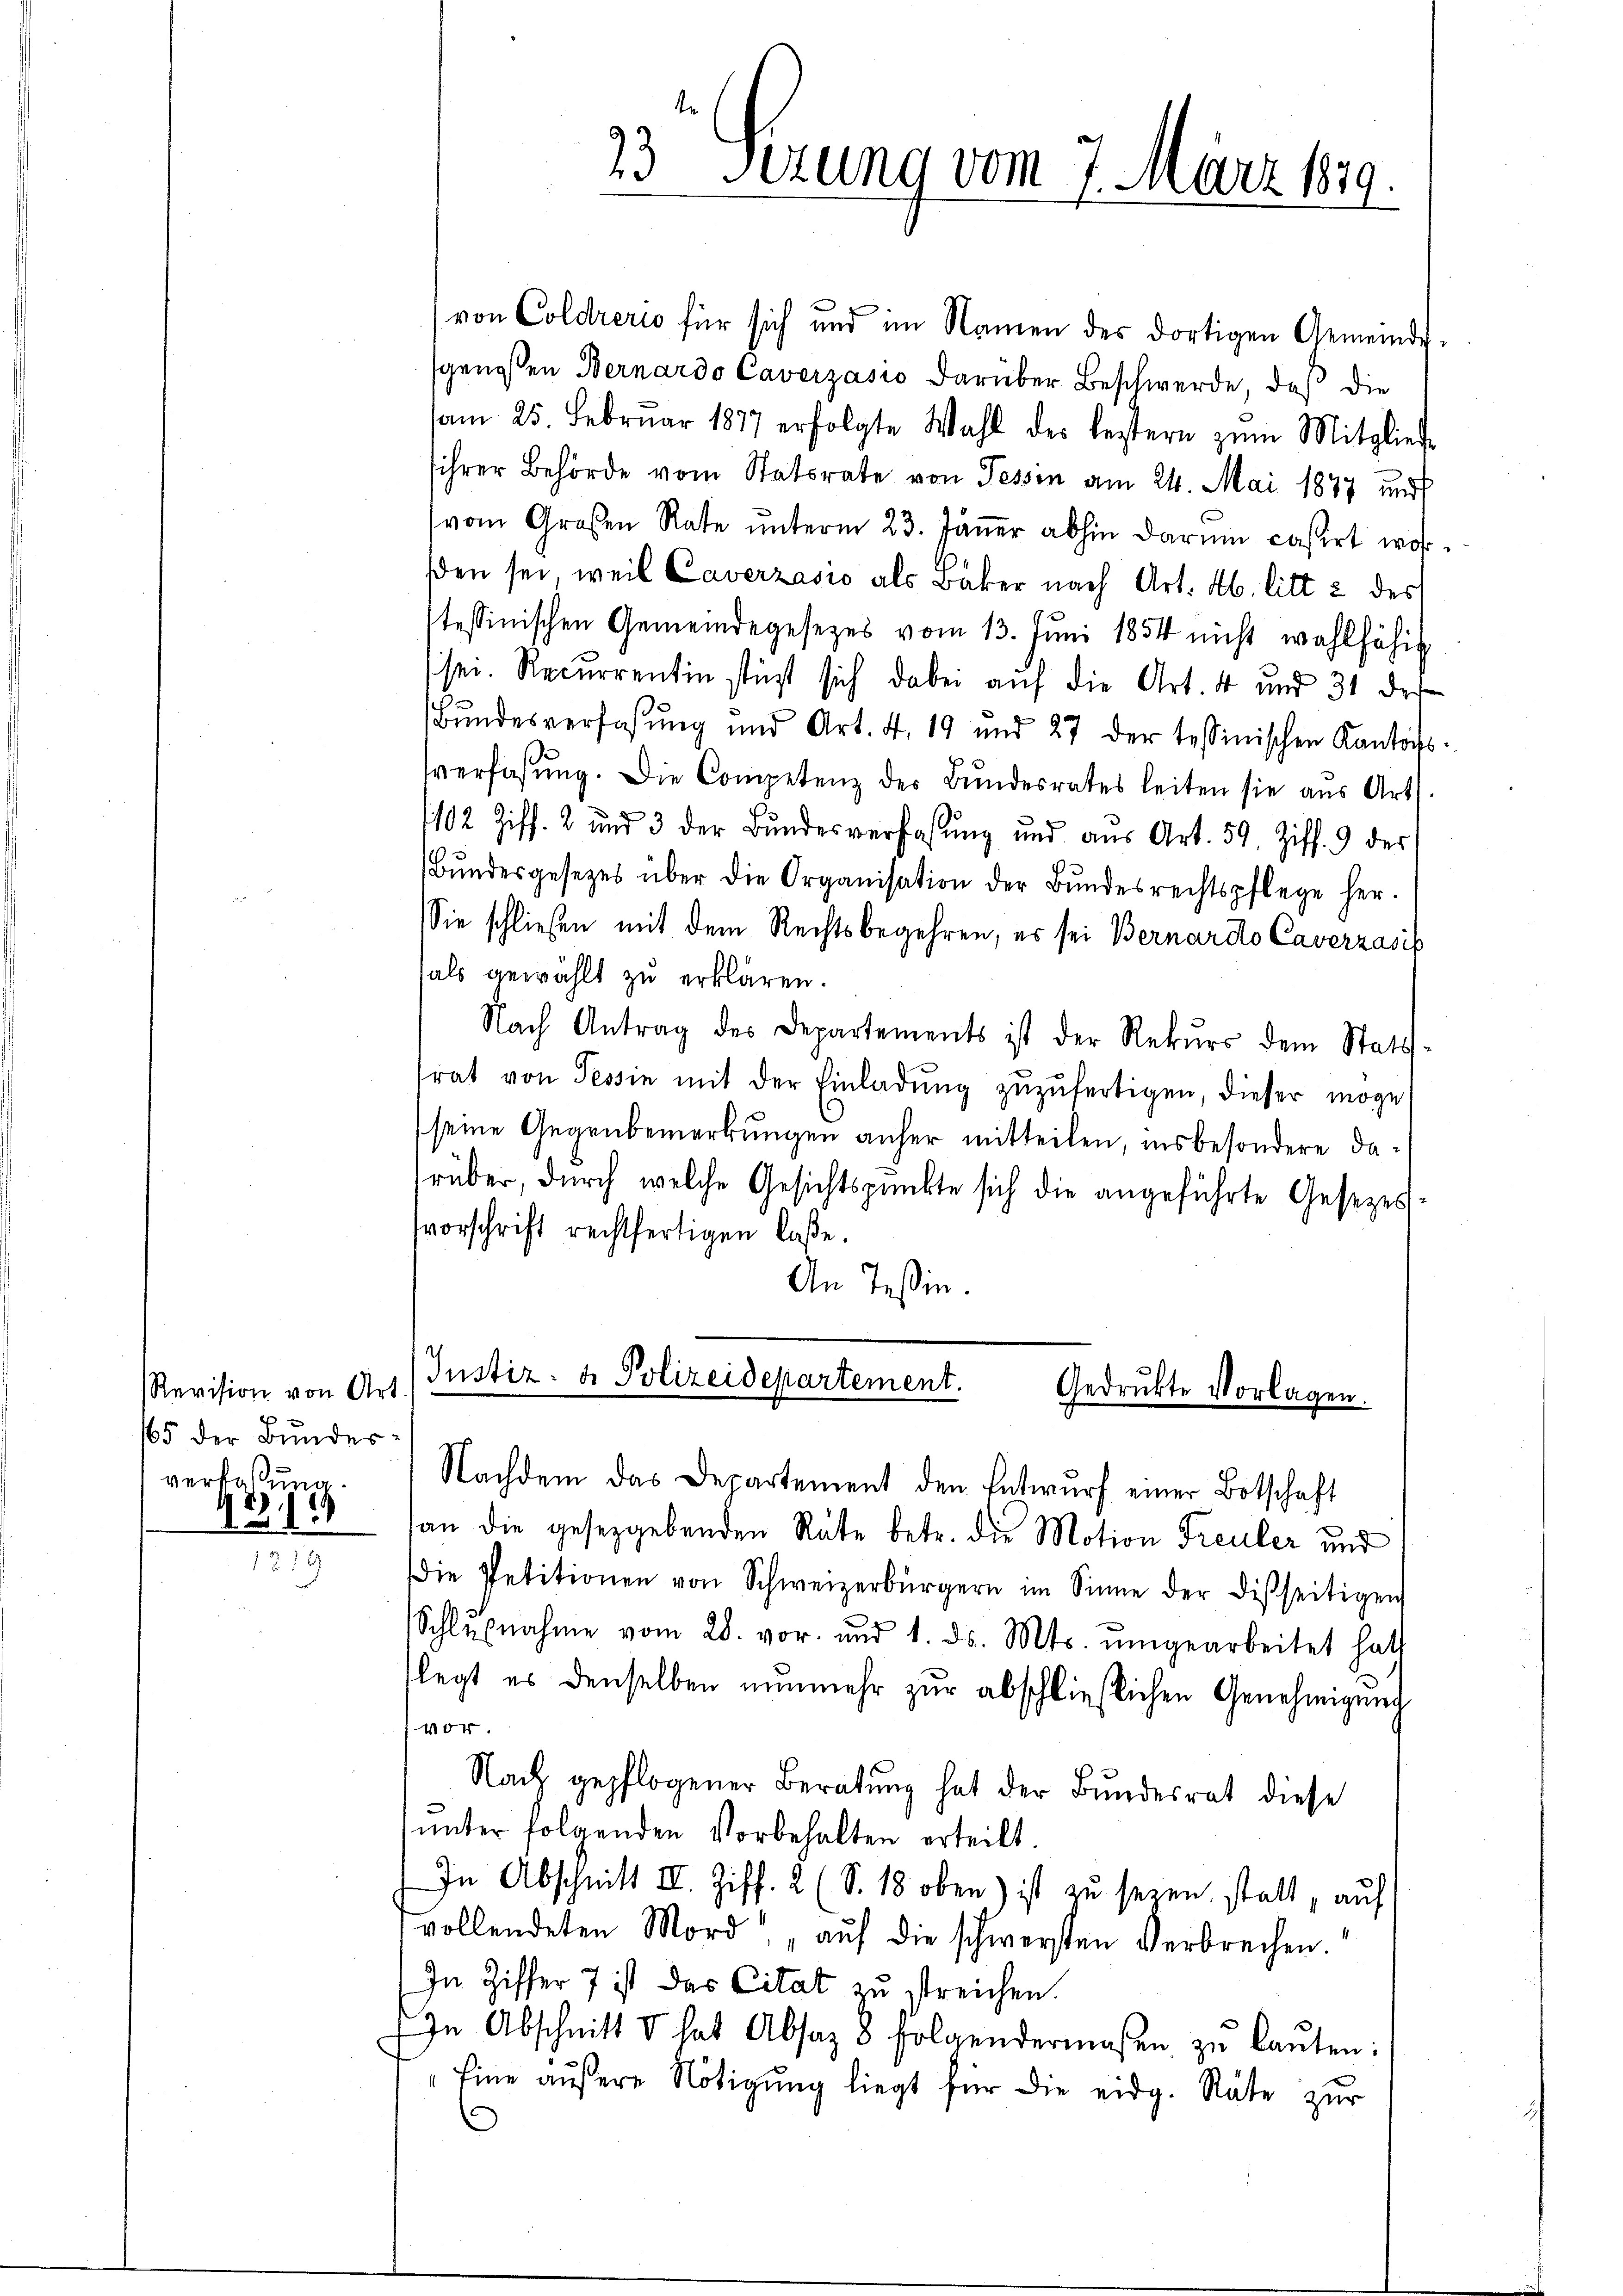
Revision von Art
65 der Bundes-
verfaßung.
.

4

23 Sezung vom 7. März 1879.

(von Coldrerio für sich und im Namen des dortigen Gemeinde-
genossen Bernardo Caverzasio darüber Beschwerde, daß die
am 25. Februar 1877 erfolgte Wahl des leztern zum Mitglied-
sihrer Behörde vom Statsrate von Fessen am 24. Mai 1877 und
vom Großen Rate ŭnterm 23. Jäṅer abhin darum casirt wahrden sei weil Caverzasio als Bäker nach Art. 46. litt 2 des
stessinischen Gemeindegesetzes vom 13. Juni 1854 nicht wahlfähig
ssen. Recurrentin stüzt sich dabei auf die Art. 4 und 31 des
Bŭndesverfassung und Art. 4. 19 und 27 der tessinischen Kantons-
verfassŭng. Die Competenz des Bŭndesrates leiten sie aus Art.
102 Ziff. 2 und 3 der Bundesverfassung und aus Art. 59. Ziff. 9 des
Bŭndesgesetzes über die Organisation der Bŭndesrechtspflege her-
Sie schließen mit dem Rechtsbegehren, es sei Bernardo Caverzasis
als gewählt zu erklären.
Nach Antrag des Departements ist der Rekŭrs dem Statt-
trat von Tessin mit der Einladŭng zŭzŭfertigen, dieser möge
seine Gegenbemerkungen anher mitteilen, insbesondere darüber, durch welche Gesichtspunkte sich die angeführte Gesezes
svorschrift rechtfertigen laße.
An Teßin.

Justiz- & Polizeidepartement.
Gedruckte Vorlagen.
Nachdem das Departement den Entwurf einer Botschaft

an die gesetzgebenden Rate betr. die Motion Freuler und
Die Petitionen von Schweizerbürgern im Sinne der disseitigen
Schlußnahme vom 28. vor. und 1. ds. Mts. ŭmgearbeitet hatt
legt es denselben nŭnmehr zŭr abschließlichen Genehmigung
vor.
Nach gepflogener Beratung hat der Bundesrat diese
ŭnter folgenden Vorbehalten erteilt.
In Abschnitt III. Ziff. 2 (S. 18 oben) ist zu seyen, statt, auf
vollendeten Mord aŭf die schwersten Verbrechen
In Ziffer 7 ist das Citat zu streichen.
In Abschnitt d hat Absaz 8 folgendermassen zŭ laŭten:
Eine aŭβere Nötigŭng liegt für die eidg. Räte zŭr